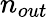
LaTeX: n_{out}